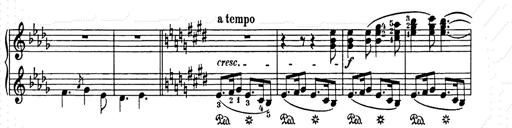
Title: Weihnachtsbaum
Composer: Franz Liszt